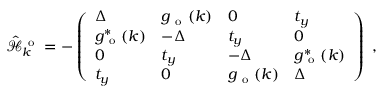
\hat { \mathcal { H } } _ { k } ^ { \mathrm { ~ o ~ } } = - \left( \begin{array} { l l l l } { \Delta } & { g _ { \mathrm { ~ o ~ } } ( k ) } & { 0 } & { t _ { y } } \\ { g _ { \mathrm { ~ o ~ } } ^ { * } ( k ) } & { - \Delta } & { t _ { y } } & { 0 } \\ { 0 } & { t _ { y } } & { - \Delta } & { g _ { \mathrm { ~ o ~ } } ^ { * } ( k ) } \\ { t _ { y } } & { 0 } & { g _ { \mathrm { ~ o ~ } } ( k ) } & { \Delta } \end{array} \right) \mathrm { ~ , ~ }